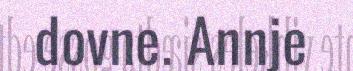
dovne. Annje